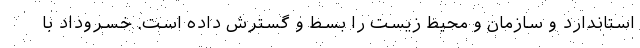
استاندارد و سازمان و محیط زیست را بسط و گسترش داده است. خسروداد با